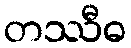
တဿီဓ